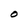
Character: O